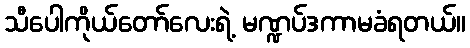
သီပေါကိုယ်တော်လေးရဲ့ မဏ္ဍပ်ဒကာမခံရတယ်။